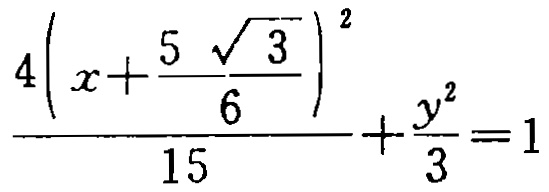
\frac{4\left(x + \frac{5\sqrt{3}}{6}\right)^2}{15}+\frac{y^{2}}{3}=1